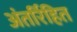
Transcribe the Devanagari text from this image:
अंतर्रिहित